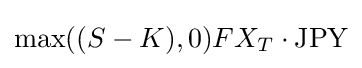
\max((S-K),0)FX_{T}\cdot {\text{JPY}}